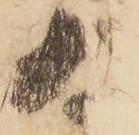
為